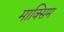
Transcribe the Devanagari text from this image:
माक्सिम